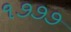
૧૭૭૭